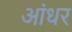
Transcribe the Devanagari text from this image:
आंधर